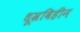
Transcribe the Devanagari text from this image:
धूम्रविहीन